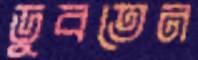
ডুবতেন